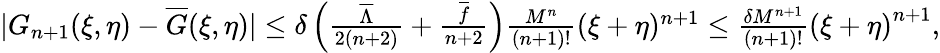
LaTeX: \begin{array}{r}{|G_{n+1}(\xi,\eta)-\overline{{G}}(\xi,\eta)|\leq\delta\left(\frac{{{{\overline{{\Lambda}}}}}}{2(n+2)}+\frac{{\overline{{f}}}}{n+2}\right)\frac{M^{n}}{(n+1)!}(\xi+\eta)^{n+1}\leq{\frac{\delta M^{n+1}}{(n+1)!}\left(\xi+\eta\right)^{n+1}},}\end{array}